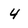
Character: 4